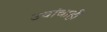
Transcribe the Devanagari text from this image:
उवांचाही